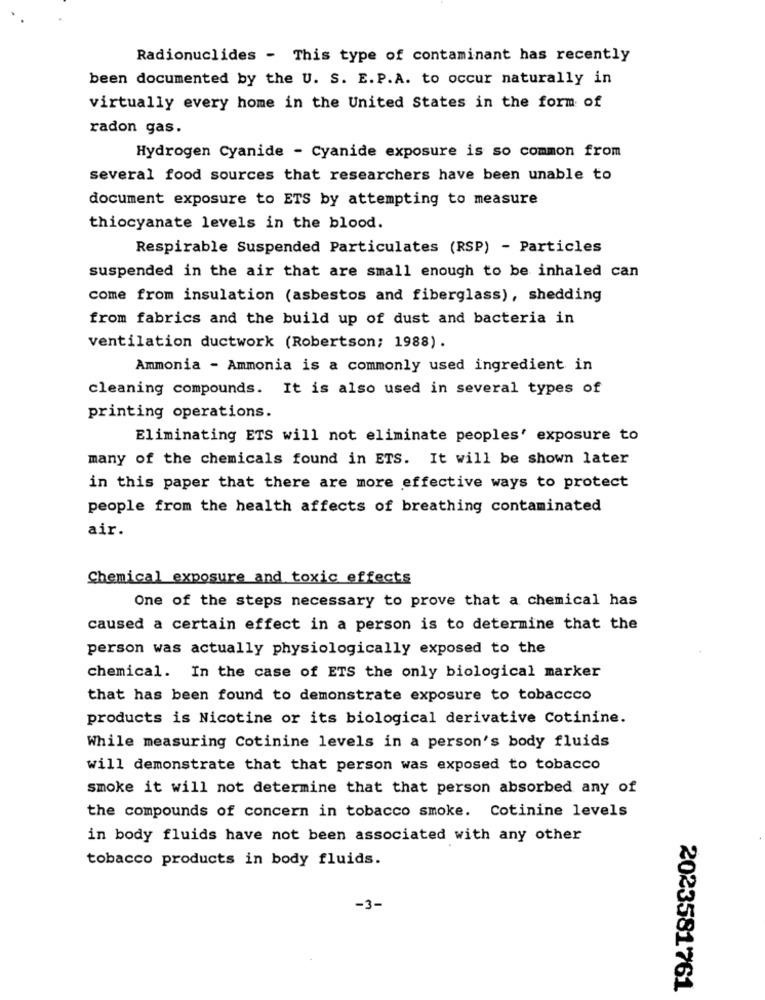
Radionuclides - This type of contaminant has recently
been documented by the U. S. E. P.A. to occur naturally in
virtually every home in the United States in the form of
radon gas.
Hydrogen Cyanide - Cyanide exposure is so common from
several food sources that researchers have been unable to
document exposure to ETS by attempting to measure
thiocyanate levels in the blood.
Respirable Suspended Particulates (RSP) - Particles
suspended in the air that are small enough to be inhaled can
come from insulation (asbestos and fiberglass), shedding
from fabrics and the build up of dust and bacteria in
ventilation ductwork (Robertson; 1988).
Ammonia - Ammonia is a commonly used ingredient in
cleaning compounds. It is also used in several types of
printing operations.
Eliminating ETS will not eliminate peoples' exposure to
many of the chemicals found in ETS. It will be shown later
in this paper that there are more effective ways to protect
people from the health affects of breathing contaminated
air.
Chemical exposure and toxic effects
One of the steps necessary to prove that a chemical has
caused a certain effect in a person is to determine that the
person was actually physiologically exposed to the
chemical. In the case of ETS the only biological marker
that has been found to demonstrate exposure to tobaccco
products is Nicotine or its biological derivative Cotinine.
While measuring Cotinine levels in a person's body fluids
will demonstrate that that person was exposed to tobacco
smoke it will not determine that that person absorbed any of
the compounds of concern in tobacco smoke. Cotinine levels
in body fluids have not been associated with any other
tobacco products in body fluids.
-3-
2023581761